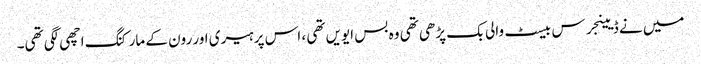
میں نے ڈیینجرس بیسٹ والی بک پڑھی تھی وہ بس ایویں تھی ، اس پر ہیری اور رون کے مارکنگ اچھی لگی تھی۔